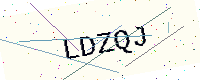
Text: LDZQJ